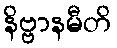
နိဗ္ဗာနမီတိ